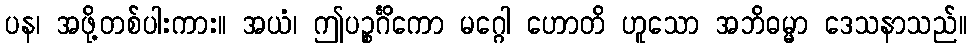
ပန၊ အဖို့တစ်ပါးကား။ အယံ၊ ဤပဉ္စင်္ဂိကော မဂ္ဂေါ ဟောတိ ဟူသော အဘိဓမ္မာ ဒေသနာသည်။